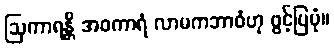
ဩကာရန္တိ အဝကာရံ လာမကဘာဝံဟု ဖွင့်ပြပုံ။